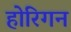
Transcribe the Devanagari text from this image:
होरिगन